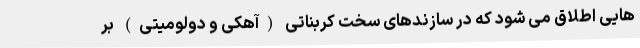
هایی اطلاق می شود که در سازندهای سخت کربناتی (آهکی و دولومیتی) بر